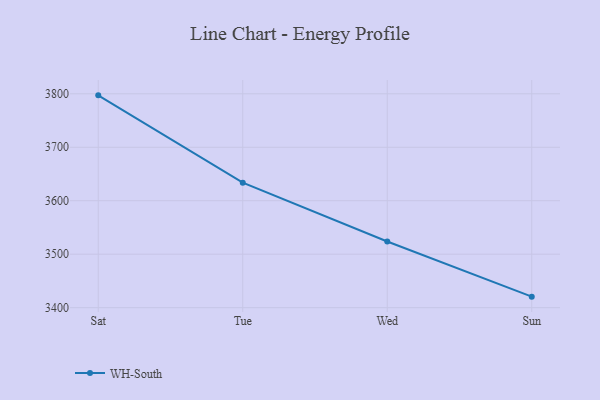
{"axis": {"x": "Day", "y": "Production Output"}, "legend": ["WH-South"], "data": [{"x": "Sat", "y": 3797.1, "type": "WH-South"}, {"x": "Tue", "y": 3633.8, "type": "WH-South"}, {"x": "Wed", "y": 3523.8, "type": "WH-South"}, {"x": "Sun", "y": 3420.6, "type": "WH-South"}]}